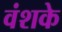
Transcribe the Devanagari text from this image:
वंशके